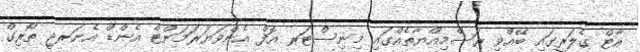
އާޓް ގެލަރީގައި ބޭއްވި ރަސްމިއްޔާތެއްގައި މިނިސްޓަރ އޮފް އެންވަޔަރަމަންޓް އެންޑް އެނަރޖީ ތޯރިގް